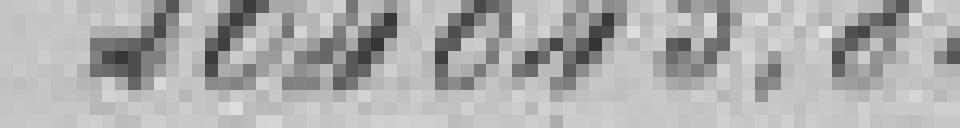
204045,81